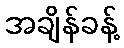
အချိန်ခန့်